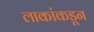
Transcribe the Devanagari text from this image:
लाकांकडून